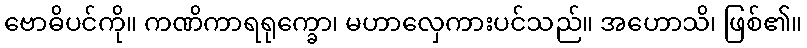
ဗောဓိပင်ကို။ ကဏိကာရရုက္ခော၊ မဟာလှေကားပင်သည်။ အဟောသိ၊ ဖြစ်၏။